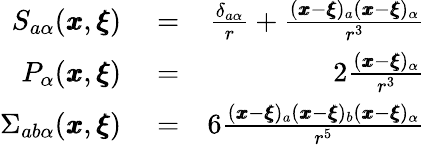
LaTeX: \begin{array}{rlr}{S_{a\alpha}({\pmb x},{\pmb\xi})}&{{}=}&{\frac{\delta_{a\alpha}}{r}+\frac{({\pmb x}-{\pmb\xi})_{a}({\pmb x}-{\pmb\xi})_{\alpha}}{r^{3}}}\\ {P_{\alpha}({\pmb x},{\pmb\xi})}&{{}=}&{2\frac{({\pmb x}-{\pmb\xi})_{\alpha}}{r^{3}}}\\ {\Sigma_{ab\alpha}({\pmb x},{\pmb\xi})}&{{}=}&{6\frac{({\pmb x}-{\pmb\xi})_{a}({\pmb x}-{\pmb\xi})_{b}({\pmb x}-{\pmb\xi})_{\alpha}}{r^{5}}}\end{array}